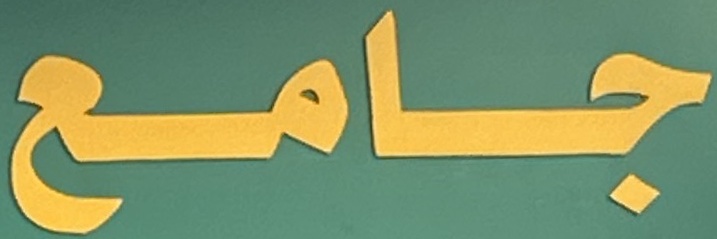
جامع